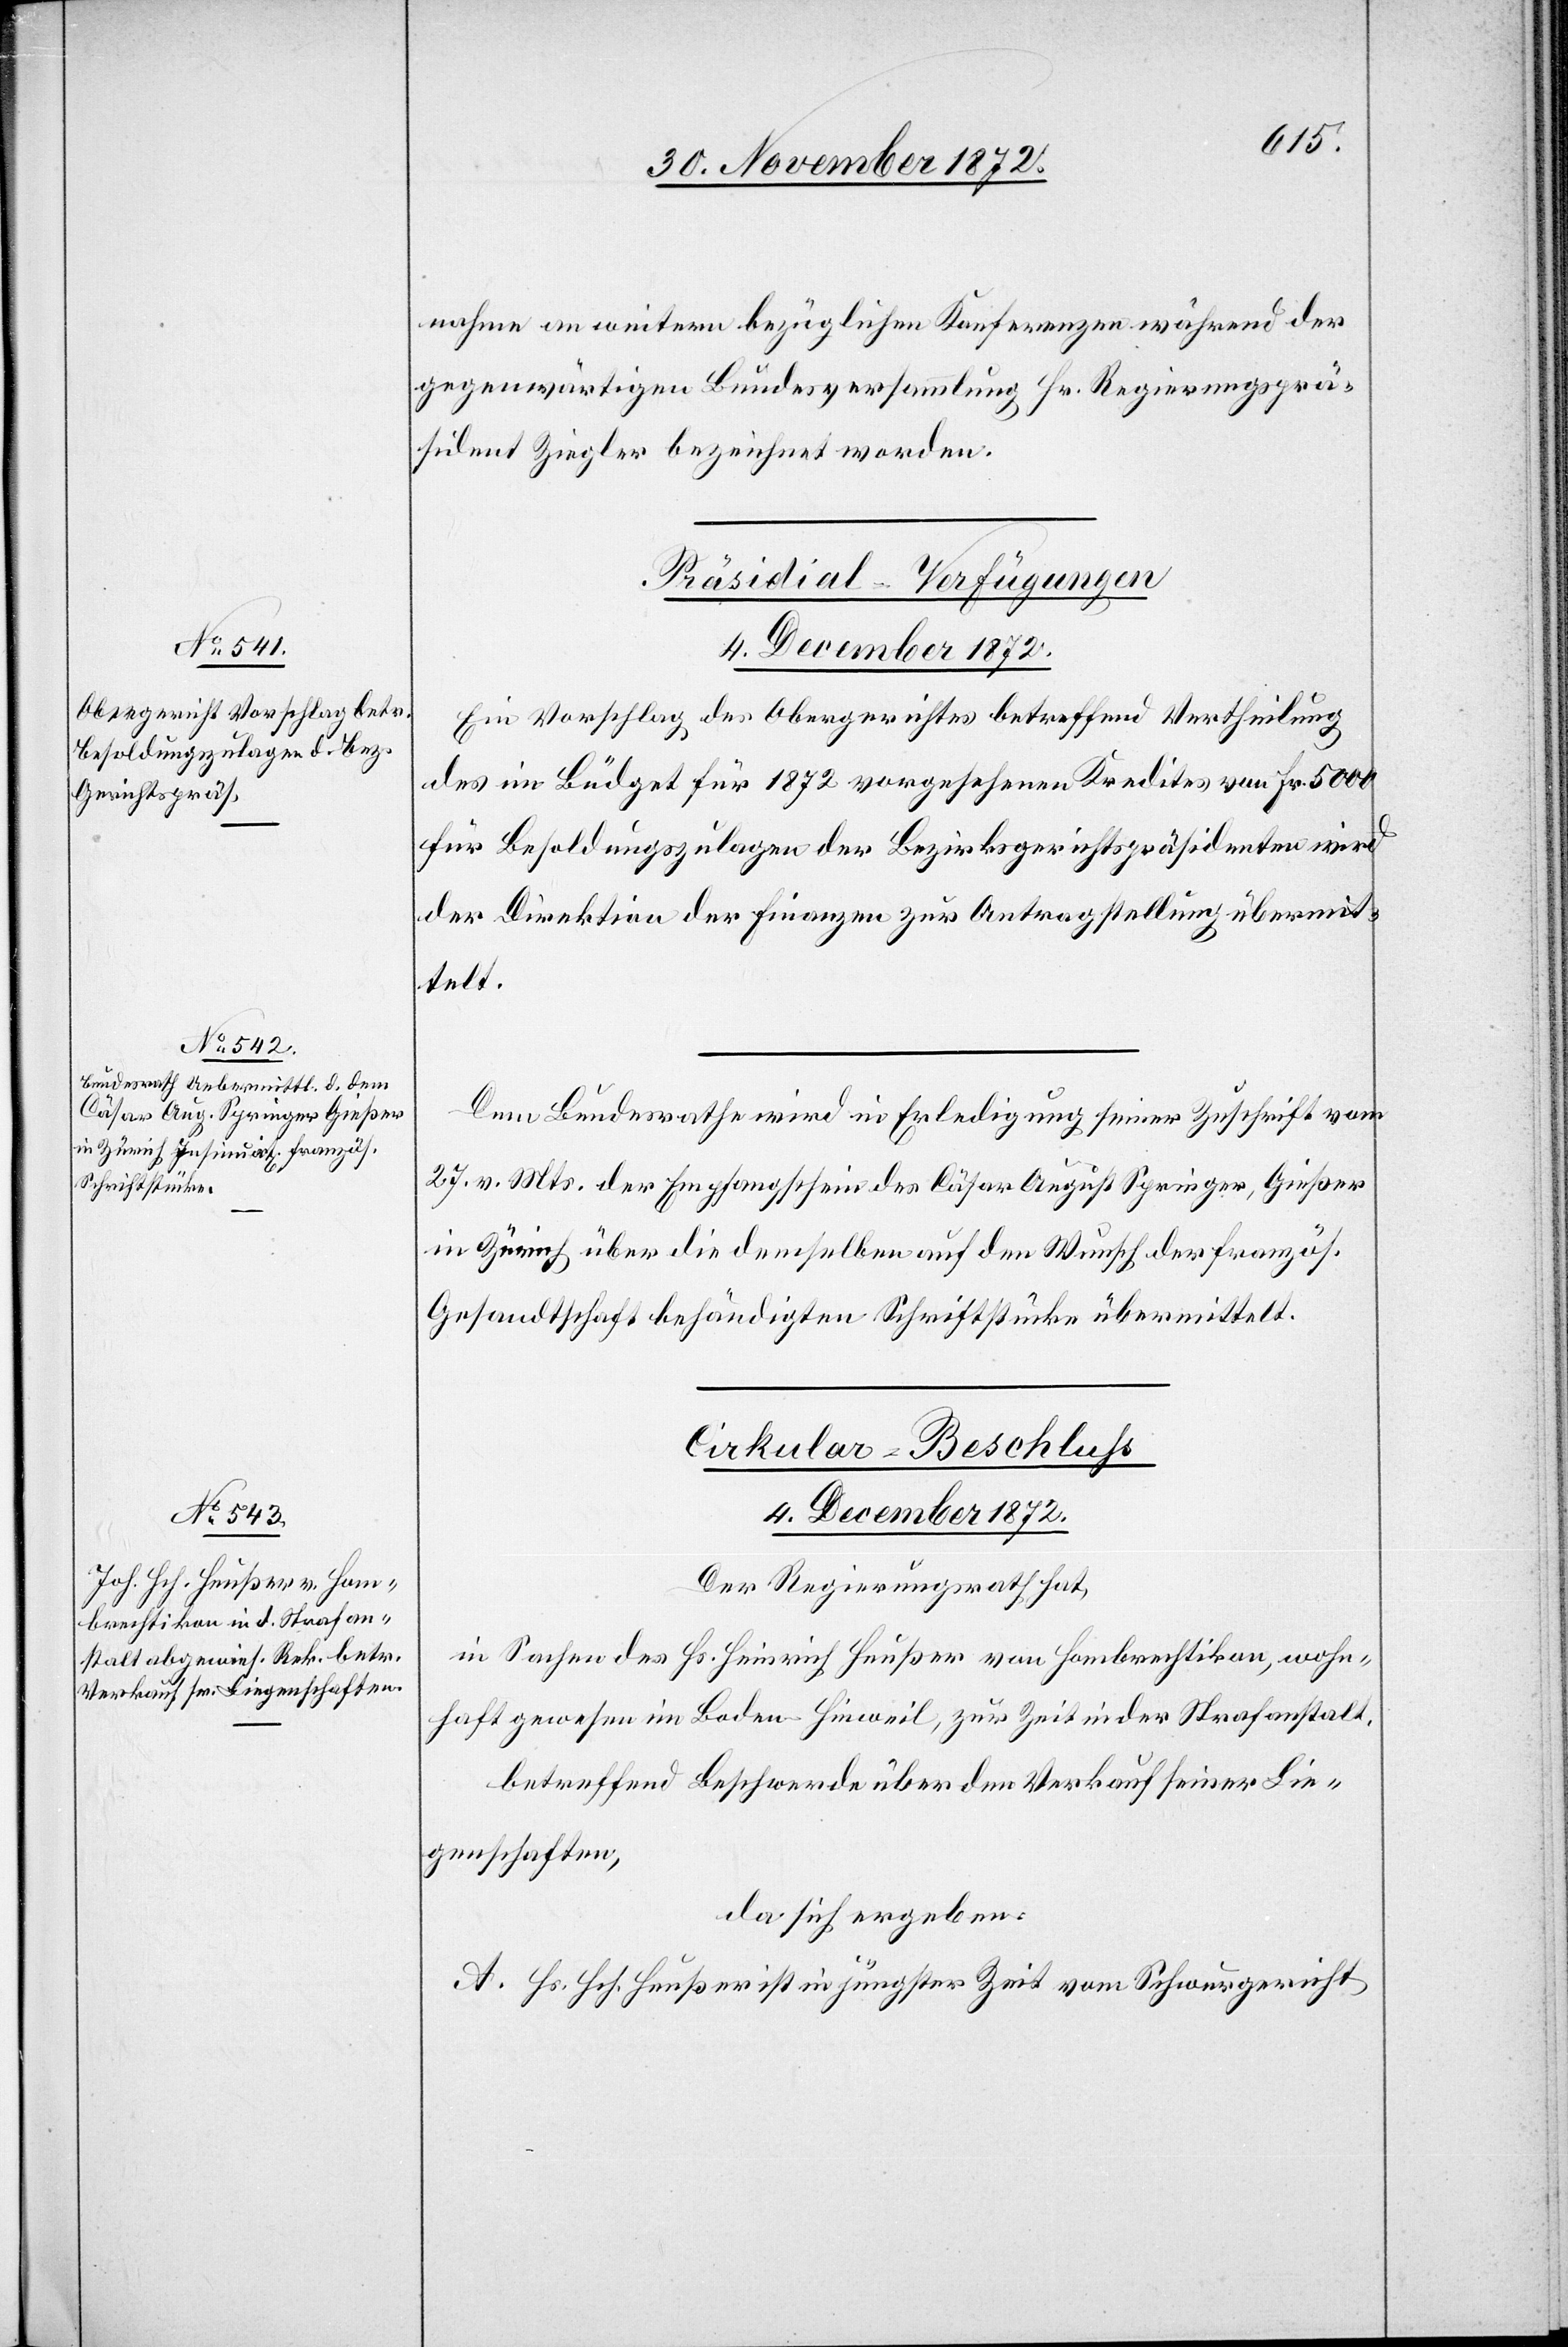
nahme an weitern bezüglichen Konferenzen während der
gegenwärtigen Bundesversammlung Hr. Regierungsprä¬
sident Ziegler bezeichnet worden.
[Präsidial-Verfügungen
4. December 1872.]
Ein Vorschlag des Obergerichtes betreffend Vertheilung
des im Büdget für 1872 vorgesehenen Kredites von Fr. 5000
für Besoldungszulagen der Bezirksgerichtspräsidenten wird
der Direktion der Finanzen zur Antragstellung übermit¬
telt.
Dem Bundesrathe wird in Erledigung seiner Zuschrift vom
27. v. Mts. der Empfangschein des Cäsar August Springer, Gießer
in Zürich über die demselben auf den Wunsch der französ.
Gesandtschaft behändigten Schriftstücke übermittelt.
Cirkular-Beschluss
4. December 1872.
Der Regierungsrath hat,
in Sachen des Hs. Heinrich Heußer von Hombrechtikon, wohn¬
haft gewesen im Boden - Hinweil, zur Zeit in der Strafanstalt,
betreffend Beschwerde über den Verkauf seiner Lie¬
genschaften,
da sich ergeben:
A. Hs. Hch. Heußer ist in jüngster Zeit vom Schwurgericht